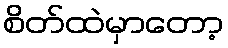
စိတ်ထဲမှာတော့